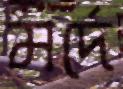
মর্দে